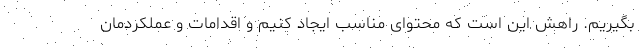
بگیریم. راهش این است که محتوای مناسب ایجاد کنیم و اقدامات و عملکردمان